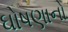
ઘોષણાનો